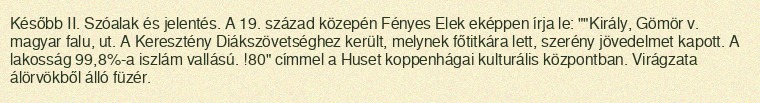
Később II. Szóalak és jelentés. A 19. század közepén Fényes Elek eképpen írja le: ""Király, Gömör v. magyar falu, ut. A Keresztény Diákszövetséghez került, melynek főtitkára lett, szerény jövedelmet kapott. A lakosság 99,8%-a iszlám vallású. !80" címmel a Huset koppenhágai kulturális központban. Virágzata álörvökből álló füzér.